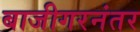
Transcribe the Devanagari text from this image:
बाजीगरनंतर